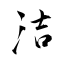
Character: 洁